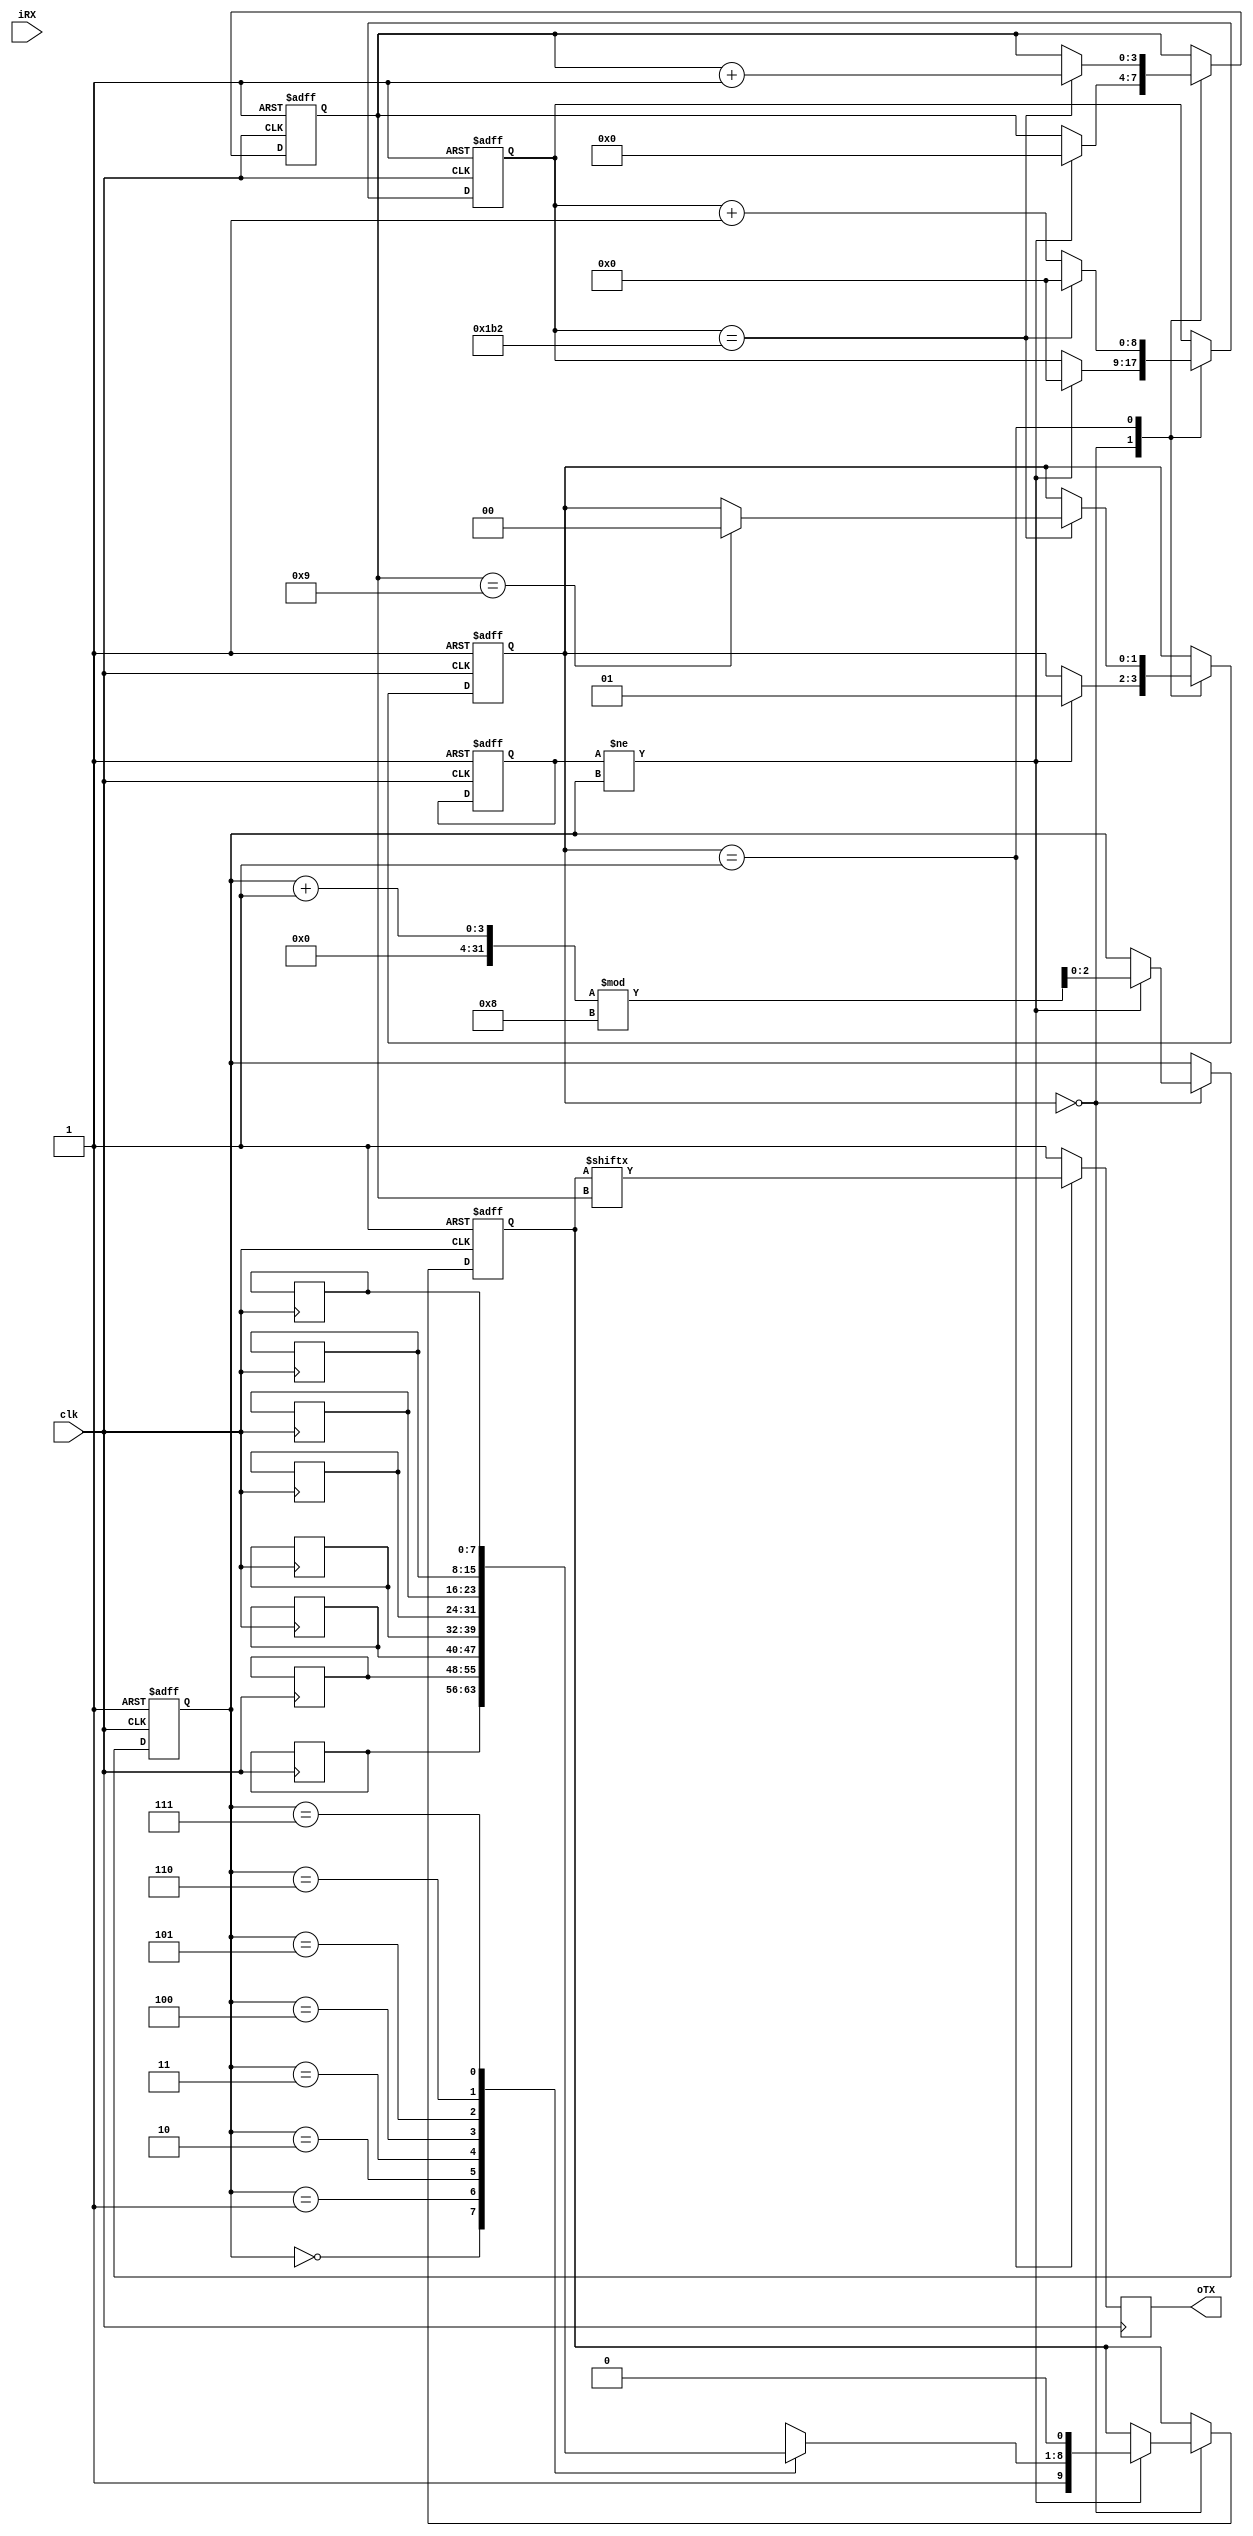
// Generated by MyHDL 0.11


`timescale 1ns/10ps

module top (
    clk,
    iRX,
    oTX
);


input clk;
input iRX;
output oTX;
reg oTX;

wire [7:0] main0_0_iData;
reg [7:0] main0_0_oprog_Data_RS232;
wire main0_0_programmer_enable;
wire [31:0] main0_0_dout;
reg main0_0_oprog_WriteEnable_RS232;
wire main0_0_iRst;
reg [7:0] main0_0_oData;
reg [2:0] main0_0_rx_addr;
reg [2:0] main0_0_read_addr;
reg main0_0_we;
wire [31:0] main0_0_addr_out;
wire main0_0_WriteEnable;
wire main0_0_oWrBuffer_full;
wire [7:0] main0_0_oInfobyte;
reg main0_0_RS232_Module0_0_sig_WrBuffer_full;
reg [8:0] main0_0_RS232_Module0_0_tx_counter;
reg [3:0] main0_0_RS232_Module0_0_tx_bit_count;
reg [8:0] main0_0_RS232_Module0_0_rx_currentData;
reg [1:0] main0_0_RS232_Module0_0_rx_State;
reg [2:0] main0_0_RS232_Module0_0_write_addr;
reg [2:0] main0_0_RS232_Module0_0_rx_addr;
reg [8:0] main0_0_RS232_Module0_0_rx_counter;
reg [1:0] main0_0_RS232_Module0_0_tx_State;
reg [9:0] main0_0_RS232_Module0_0_SendREG;
reg [2:0] main0_0_RS232_Module0_0_tx_addr;
reg [3:0] main0_0_RS232_Module0_0_rx_bit_count;
reg main0_0_RS232Programmer0_0_isData;
reg [7:0] main0_0_RS232Programmer0_0_Info_byte;
reg [8:0] main0_0_RS232Programmer0_0_countbytesRX;
reg [31:0] main0_0_RS232Programmer0_0_received_data;
reg [2:0] main0_0_RS232Programmer0_0_state;
reg [31:0] main0_0_RS232Programmer0_0_received_addr;
reg [1:0] main0_0_RS232Programmer0_0_subcount;
reg [7:0] main0_0_RS232_Module0_0_Receive_RAM [0:8-1];
reg [7:0] main0_0_RS232_Module0_0_Transmit_RAM [0:8-1];

assign main0_0_iData = 8'd0;
assign main0_0_programmer_enable = 1'd1;
assign main0_0_iRst = 1'd1;
assign main0_0_WriteEnable = 1'd0;


always @(posedge clk, negedge main0_0_iRst) begin: TOP_MAIN0_0_RS232_MODULE0_0_SEQ_LOGIC
    if ((main0_0_iRst == 0)) begin
        main0_0_RS232_Module0_0_rx_State <= 0;
        main0_0_RS232_Module0_0_rx_counter <= 0;
        main0_0_RS232_Module0_0_rx_currentData <= 0;
        main0_0_RS232_Module0_0_rx_bit_count <= 0;
        main0_0_RS232_Module0_0_rx_addr <= 0;
        main0_0_rx_addr <= 0;
        main0_0_RS232_Module0_0_tx_State <= 0;
        main0_0_RS232_Module0_0_tx_addr <= 0;
        main0_0_RS232_Module0_0_write_addr <= 0;
        main0_0_RS232_Module0_0_SendREG <= 0;
        main0_0_RS232_Module0_0_tx_counter <= 0;
        main0_0_RS232_Module0_0_tx_bit_count <= 0;
    end
    else begin
        main0_0_rx_addr <= main0_0_RS232_Module0_0_rx_addr;
        main0_0_oData <= main0_0_RS232_Module0_0_Receive_RAM[main0_0_read_addr];
        oTX <= 1;
        case (main0_0_RS232_Module0_0_rx_State)
            'h0: begin
                if ((iRX == 0)) begin
                    main0_0_RS232_Module0_0_rx_counter <= (main0_0_RS232_Module0_0_rx_counter + 1);
                end
                else begin
                    main0_0_RS232_Module0_0_rx_counter <= 0;
                end
                if ((main0_0_RS232_Module0_0_rx_counter == 217)) begin
                    main0_0_RS232_Module0_0_rx_State <= 1;
                    main0_0_RS232_Module0_0_rx_counter <= 0;
                    main0_0_RS232_Module0_0_rx_bit_count <= 0;
                end
            end
            'h1: begin
                main0_0_RS232_Module0_0_rx_counter <= (main0_0_RS232_Module0_0_rx_counter + 1);
                if ((main0_0_RS232_Module0_0_rx_counter == 0)) begin
                    main0_0_RS232_Module0_0_rx_currentData <= {iRX, main0_0_RS232_Module0_0_rx_currentData[9-1:1]};
                    main0_0_RS232_Module0_0_rx_bit_count <= (main0_0_RS232_Module0_0_rx_bit_count + 1);
                end
                if ((main0_0_RS232_Module0_0_rx_counter == 434)) begin
                    main0_0_RS232_Module0_0_rx_counter <= 0;
                end
                if ((main0_0_RS232_Module0_0_rx_bit_count == 9)) begin
                    main0_0_RS232_Module0_0_rx_State <= 2;
                    main0_0_RS232_Module0_0_rx_counter <= 0;
                end
            end
            'h2: begin
                main0_0_RS232_Module0_0_rx_counter <= (main0_0_RS232_Module0_0_rx_counter + 1);
                if ((main0_0_RS232_Module0_0_rx_counter == 434)) begin
                    main0_0_RS232_Module0_0_rx_State <= 0;
                    main0_0_RS232_Module0_0_rx_counter <= 0;
                    if ((iRX == 1)) begin
                        main0_0_RS232_Module0_0_Receive_RAM[main0_0_RS232_Module0_0_rx_addr] <= main0_0_RS232_Module0_0_rx_currentData[9-1:1];
                        main0_0_RS232_Module0_0_rx_addr <= ((main0_0_RS232_Module0_0_rx_addr + 1) % 8);
                    end
                end
            end
        endcase
        if ((main0_0_WriteEnable && (!main0_0_RS232_Module0_0_sig_WrBuffer_full))) begin
            main0_0_RS232_Module0_0_Transmit_RAM[main0_0_RS232_Module0_0_write_addr] <= main0_0_iData;
            main0_0_RS232_Module0_0_write_addr <= ((main0_0_RS232_Module0_0_write_addr + 1) % 8);
        end
        case (main0_0_RS232_Module0_0_tx_State)
            'h0: begin
                if ((main0_0_RS232_Module0_0_write_addr != main0_0_RS232_Module0_0_tx_addr)) begin
                    main0_0_RS232_Module0_0_tx_counter <= 0;
                    main0_0_RS232_Module0_0_tx_State <= 1;
                    main0_0_RS232_Module0_0_tx_bit_count <= 0;
                    main0_0_RS232_Module0_0_SendREG <= {1'h1, main0_0_RS232_Module0_0_Transmit_RAM[main0_0_RS232_Module0_0_tx_addr], 1'h0};
                    main0_0_RS232_Module0_0_tx_addr <= ((main0_0_RS232_Module0_0_tx_addr + 1) % 8);
                end
            end
            'h1: begin
                oTX <= main0_0_RS232_Module0_0_SendREG[main0_0_RS232_Module0_0_tx_bit_count];
                main0_0_RS232_Module0_0_tx_counter <= (main0_0_RS232_Module0_0_tx_counter + 1);
                if ((main0_0_RS232_Module0_0_tx_counter == 434)) begin
                    main0_0_RS232_Module0_0_tx_bit_count <= (main0_0_RS232_Module0_0_tx_bit_count + 1);
                    main0_0_RS232_Module0_0_tx_counter <= 0;
                    if ((main0_0_RS232_Module0_0_tx_bit_count == 9)) begin
                        main0_0_RS232_Module0_0_tx_State <= 0;
                    end
                end
            end
        endcase
    end
end


always @(main0_0_RS232_Module0_0_write_addr, main0_0_RS232_Module0_0_tx_addr) begin: TOP_MAIN0_0_RS232_MODULE0_0_COMB_LOGIC
    if ((((main0_0_RS232_Module0_0_write_addr + 1) % 8) == main0_0_RS232_Module0_0_tx_addr)) begin
        main0_0_RS232_Module0_0_sig_WrBuffer_full = 1'b1;
    end
    else begin
        main0_0_RS232_Module0_0_sig_WrBuffer_full = 1'b0;
    end
end



assign main0_0_oWrBuffer_full = main0_0_RS232_Module0_0_sig_WrBuffer_full;


always @(posedge clk, negedge main0_0_iRst) begin: TOP_MAIN0_0_RS232PROGRAMMER0_0_IO_WRITE_SYNC
    if ((main0_0_iRst == 0)) begin
        main0_0_RS232Programmer0_0_state <= 3'b000;
        main0_0_read_addr <= 0;
        main0_0_RS232Programmer0_0_Info_byte <= 9;
        main0_0_RS232Programmer0_0_subcount <= 0;
        main0_0_RS232Programmer0_0_isData <= 1'b0;
        main0_0_RS232Programmer0_0_countbytesRX <= 0;
        main0_0_oprog_WriteEnable_RS232 <= 1'b0;
        main0_0_oprog_Data_RS232 <= 0;
        main0_0_we <= 1'b0;
    end
    else begin
        main0_0_oprog_WriteEnable_RS232 <= 1'b0;
        if (main0_0_we) begin
            main0_0_RS232Programmer0_0_received_data <= 0;
            main0_0_RS232Programmer0_0_received_addr <= 0;
            main0_0_RS232Programmer0_0_countbytesRX <= (main0_0_RS232Programmer0_0_countbytesRX + 1);
            main0_0_oprog_Data_RS232 <= main0_0_RS232Programmer0_0_countbytesRX;
            main0_0_oprog_WriteEnable_RS232 <= 1'b1;
        end
        main0_0_we <= 1'b0;
        case (main0_0_RS232Programmer0_0_state)
            3'b000: begin
                main0_0_RS232Programmer0_0_isData <= 1'b0;
                if ((main0_0_rx_addr != main0_0_read_addr)) begin
                    main0_0_read_addr <= ((main0_0_read_addr + 1) % 8);
                    main0_0_RS232Programmer0_0_state <= 3'b001;
                end
            end
            3'b001: begin
                if (((main0_0_oData[6-1:3] == 0) || (main0_0_oData[3-1:0] == 0))) begin
                    main0_0_RS232Programmer0_0_Info_byte <= 9;
                end
                else begin
                    main0_0_RS232Programmer0_0_Info_byte <= main0_0_oData;
                    main0_0_RS232Programmer0_0_state <= 3'b010;
                end
            end
            3'b010: begin
                if ((main0_0_rx_addr != main0_0_read_addr)) begin
                    main0_0_RS232Programmer0_0_state <= 3'b100;
                end
                if ((main0_0_RS232Programmer0_0_countbytesRX == 256)) begin
                    main0_0_RS232Programmer0_0_state <= 3'b000;
                    main0_0_RS232Programmer0_0_countbytesRX <= 0;
                    $write("alll 256 Datas received");
                    $write("\n");
                end
            end
            3'b011: begin
                main0_0_RS232Programmer0_0_state <= 3'b100;
            end
            3'b100: begin
                main0_0_RS232Programmer0_0_subcount <= ((main0_0_RS232Programmer0_0_subcount + 1) % 4);
                if (main0_0_RS232Programmer0_0_isData) begin
                    main0_0_RS232Programmer0_0_received_data <= ((main0_0_RS232Programmer0_0_received_data << 8) | main0_0_oData);
                    if (((main0_0_RS232Programmer0_0_subcount + 1) >= main0_0_RS232Programmer0_0_Info_byte[6-1:3])) begin
                        main0_0_RS232Programmer0_0_isData <= 1'b0;
                        main0_0_RS232Programmer0_0_subcount <= 0;
                        main0_0_we <= 1'b1;
                    end
                end
                else begin
                    main0_0_RS232Programmer0_0_received_addr <= ((main0_0_RS232Programmer0_0_received_addr << 8) | main0_0_oData);
                    if (((main0_0_RS232Programmer0_0_subcount + 1) >= main0_0_RS232Programmer0_0_Info_byte[3-1:0])) begin
                        main0_0_RS232Programmer0_0_isData <= 1'b1;
                        main0_0_RS232Programmer0_0_subcount <= 0;
                    end
                end
                main0_0_read_addr <= ((main0_0_read_addr + 1) % 8);
                main0_0_RS232Programmer0_0_state <= 3'b010;
            end
        endcase
        if ((!main0_0_programmer_enable)) begin
            main0_0_RS232Programmer0_0_state <= 3'b000;
            main0_0_read_addr <= main0_0_rx_addr;
        end
    end
end



assign main0_0_dout = main0_0_RS232Programmer0_0_received_data;
assign main0_0_addr_out = main0_0_RS232Programmer0_0_received_addr;
assign main0_0_oInfobyte = main0_0_RS232Programmer0_0_Info_byte;

endmodule